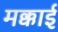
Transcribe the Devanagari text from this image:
मक्काई